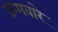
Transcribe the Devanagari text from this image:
क्रमवारे